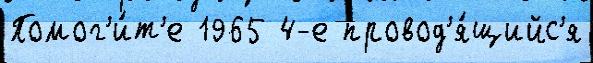
Помог'и́т'е 1965 4-е провод'я́щийс'я